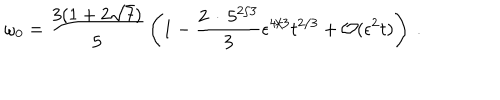
\omega _ { 0 } = { \frac { 3 ( 1 + 2 \sqrt { 7 } ) } { 5 } } \left( 1 - { \frac { 2 \, \cdot \, 5 ^ { 2 / 3 } } { 3 } } \epsilon ^ { 4 / 3 } t ^ { 2 / 3 } + { \cal O } ( \epsilon ^ { 2 } t ) \right) \ .